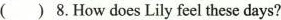
( )8.How does Lily feel these days?